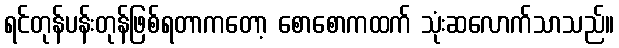
ရင်တုန်ပန်းတုန်ဖြစ်ရတာကတော့ စောစောကထက် သုံးဆလောက်သာသည်။